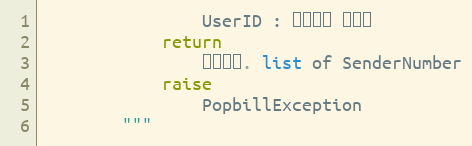
Language: Python
                UserID : 팝빌회원 아이디
            return
                처리결과. list of SenderNumber
            raise
                PopbillException
        """